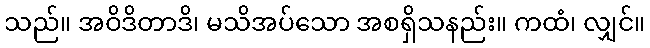
သည်။ အဝိဒိတာဒိ၊ မသိအပ်သော အစရှိသနည်း။ ကထံ၊ လျှင်။